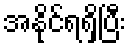
အနိုင်ရရှိပြီး